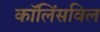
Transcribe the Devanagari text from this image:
कॉलिंसविल